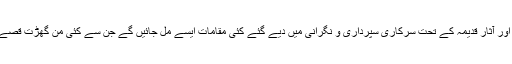
اس پورے خطے میں تاریخی و ثقافتی ورثہ قرار اور آثار قدیمہ کے تحت سرکاری سپرداری و نگرانی میں دیے گئے کئی مقامات ایسے مل جائیں گے جن سے کئی من گھڑت قصے، کہانیاں اور فرضی داستان جوڑ دیے جاتے ہیں۔